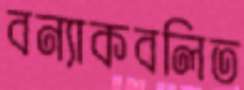
বন্যাকবলিত